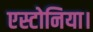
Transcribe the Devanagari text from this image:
एस्टोनिया।